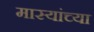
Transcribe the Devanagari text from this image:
मास्यांच्या